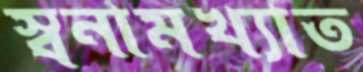
স্বনামখ্যাত